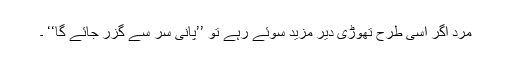
مرد اگر اِسی طرح تھوڑی دیر مزید سوئے رہے تو ’’پانی سر سے گزر جائے گا‘‘ ۔